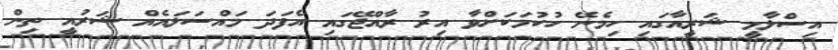
އިސްލާމީ ޝަރީއާގައި ހިމެނޭ ހުކުމަކަށްވާ އިރު ރާއްޖޭގައި އެފަދަ މައްސަލައެއް ޝަރުއީ ތިން